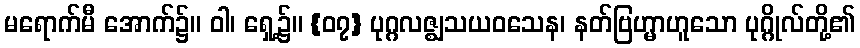
မရောက်မီ အောက်၌။ ဝါ၊ ရှေ့၌။ {၀၇} ပုဂ္ဂလဇ္ဈသယဝသေန၊ နတ်ဗြဟ္မာဟူသော ပုဂ္ဂိုလ်တို့၏